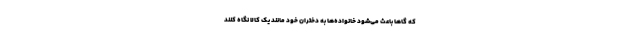
که گاهاً باعث می‌شود خانواده‌ها به دختران خود مانند یک کالا نگاه کنند